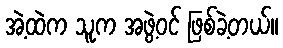
အဲ့ထဲက သူက အဖွဲ့ဝင် ဖြစ်ခဲ့တယ်။